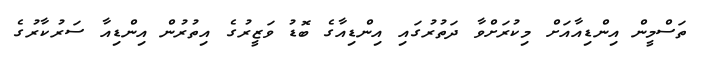
ތަސްމީން އިންޑިއާއަށް މިކުރަށްވާ ދަތުރުގައި އިންޑިއާގެ ބޮޑު ވަޒީރުގެ އިތުރުން އިންޑިއާ ސަރުކާރުގެ